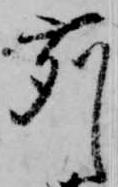
苅